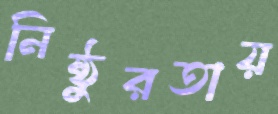
নিষ্ঠুরতায়